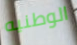
الوطنيه